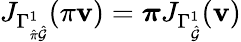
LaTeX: J_{\Gamma_{\hat{\pi}\hat{\mathcal{G}}}^{1}}(\pi\mathbf{v})=\boldsymbol{\pi}J_{\Gamma_{\hat{\mathcal{G}}}^{1}}(\mathbf{v})